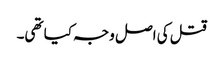
قتل کی اصل وجہ کیا تھی۔